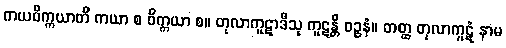
ကယဝိက္ကယာတိ ကယာ စ ဝိက္ကယာ စ။ တုလာကူဋာဒီသု ကူဋန္တိ ဝဉ္စနံ။ တတ္ထ တုလာကူဋံ နာမ